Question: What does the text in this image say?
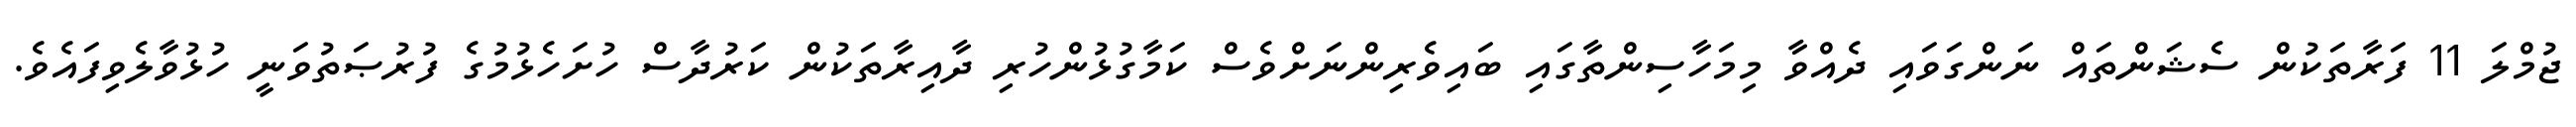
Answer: ޖުމްލަ 11 ފަރާތަކުން ސެޝަންތައް ނަންގަވައި ދެއްވާ މިމަހާސިންތާގައި ބައިވެރިންނަށްވެސް ކަމާގުޅުންހުރި ދާއިރާތަކުން ކަރުދާސް ހުށަހެޅުމުގެ ފުރުޞަތުވަނީ ހުޅުވާލެވިފައެވެ.